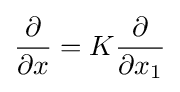
{\frac {\partial }{\partial x}}=K{\frac {\partial }{\partial x_{1}}}